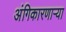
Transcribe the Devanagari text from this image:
अंगिकारणाऱ्या